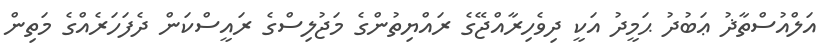
އަލްއުސްތާޛު ޢަބުދު ޙަމީދު އަކީ ދިވެހިރާއްޖޭގެ ރައްޔިތުންގެ މަޖުލިސްގެ ރައީސްކަން ދެފަހަރެއްގެ މަތިން